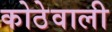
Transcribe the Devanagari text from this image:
कोठेवाली